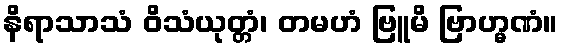
နိရာသာသံ ဝိသံယုတ္တံ၊ တမဟံ ဗြူမိ ဗြာဟ္မဏံ။